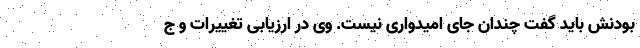
بودنش باید گفت چندان جای امیدواری نیست. وی در ارزیابی تغییرات و ج